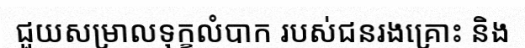
ជួយសម្រាលទុក្ខលំបាក របស់ជនរងគ្រោះ និង